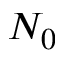
N _ { 0 }